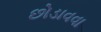
છોડાવવા